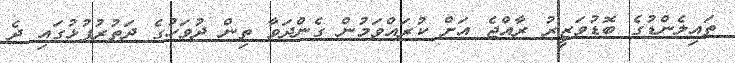
ތައިލެންޑުގެ ބޮޑުވަޒީރު ރާއްޖެ އަށް ކުރައްވަމުން ގެންދަވާ ތިން ދުވަހުގެ ދަތުރުފުޅުގައި ދެ